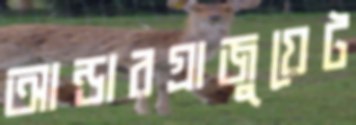
আন্ডারগ্রাজুয়েট